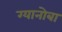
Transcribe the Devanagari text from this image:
ग्यानोबा